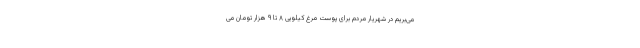
می‌بریم در شهریار مردم برای پوست مرغ کیلویی ۸ تا ۹ هزار تومان می‌